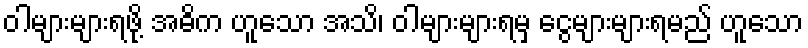
ဝါများများရဖို့ အဓိက ဟူသော အသိ၊ ဝါများများရမှ ငွေများများရမည် ဟူသော